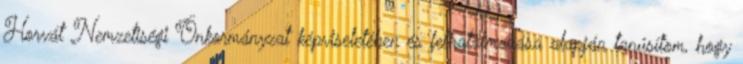
Horvát Nemzetiségi Önkormányzat képviseletében és felhatalmazása alapján tanúsítom, hogy